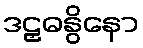
ဒဠှဓနွိနော